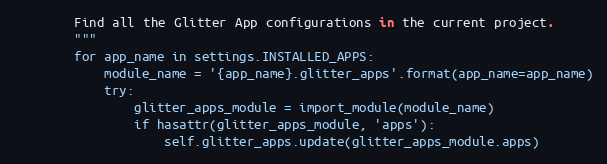
Language: Python
        Find all the Glitter App configurations in the current project.
        """
        for app_name in settings.INSTALLED_APPS:
            module_name = '{app_name}.glitter_apps'.format(app_name=app_name)
            try:
                glitter_apps_module = import_module(module_name)
                if hasattr(glitter_apps_module, 'apps'):
                    self.glitter_apps.update(glitter_apps_module.apps)